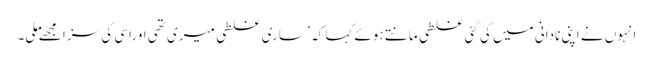
انہوں نے اپنی نادانی میں کی گئی غلطی مانتے ہوئے کہا کہ ’ ساری غلطی میری تھی اوراسی کی سزا مجھےملی۔